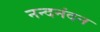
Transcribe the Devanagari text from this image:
नन्दनंदन